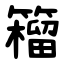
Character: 籕